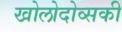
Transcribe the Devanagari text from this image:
खोलोदोव्सकी